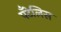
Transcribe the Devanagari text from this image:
पँटेलिस